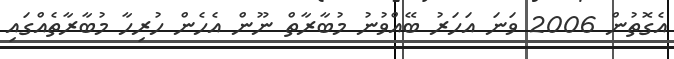
އެގޮތުން 2006 ވަނަ އަހަރު ބޭއްވުނު މުބާރާތް ނޫން އެހެން ހުރިހާ މުބާރާތެއްގައި